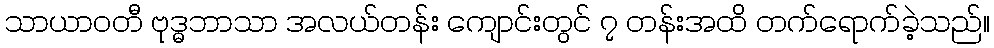
သာယာဝတီ ဗုဒ္ဓဘာသာ အလယ်တန်း ကျောင်းတွင် ၇ တန်းအထိ တက်ရောက်ခဲ့သည်။